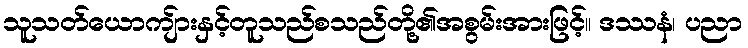
သူသတ်ယောကျ်ားနှင့်တူသည်စသည်တို့၏အစွမ်းအားဖြင့်။ ဒဿနံ၊ ပညာ